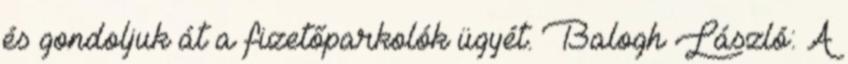
és gondoljuk át a fizetőparkolók ügyét. Balogh László: A